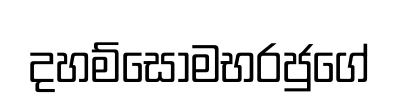
දහම්සෝමභරජුගේ